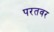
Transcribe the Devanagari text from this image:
परतवर